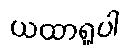
ယထာရူပါ